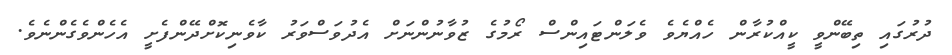
ދުރުގައި ތިބޭންވީ ކީއްކުރާން ހެއްޔެވެ ވެލަންޓައިންސް ރޯމުގެ ޒުވާނުންނަށް އެދުވަސްވަރު ކާވެނިކޮށްދޭންފެށީ އެހެންވެގެންނެވެ.